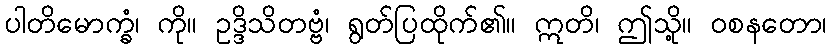
ပါတိမောက္ခံ၊ ကို။ ဥဒ္ဒိသိတဗ္ဗံ၊ ရွတ်ပြထိုက်၏။ ဣတိ၊ ဤသို့။ ဝစနတော၊